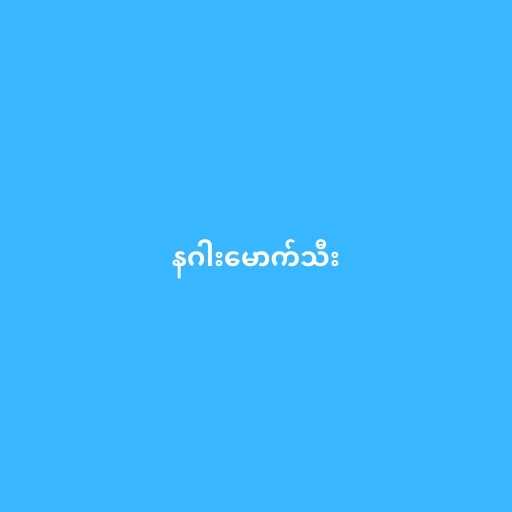
နဂါးမောက်သီး